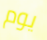
يوم